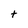
Character: t